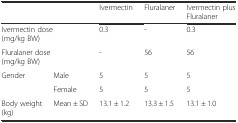
<table><thead><tr><td colspan="2"></td><td><b>Ivermectin</b></td><td><b>Fluralaner</b></td><td><b>Ivermectin plus Fluralaner</b></td></tr></thead><tbody><tr><td colspan="2">Ivermectin dose (mg/kg BW)</td><td>0.3</td><td>-</td><td>0.3</td></tr><tr><td colspan="2">Fluralaner dose (mg/kg BW)</td><td>-</td><td>56</td><td>56</td></tr><tr><td>Gender</td><td>Male</td><td>5</td><td>5</td><td>5</td></tr><tr><td></td><td>Female</td><td>5</td><td>5</td><td>5</td></tr><tr><td>Body weight (kg)</td><td>Mean ± SD</td><td>13.1 ± 1.2</td><td>13.3 ± 1.5</td><td>13.1 ± 1.0</td></tr></tbody></table>